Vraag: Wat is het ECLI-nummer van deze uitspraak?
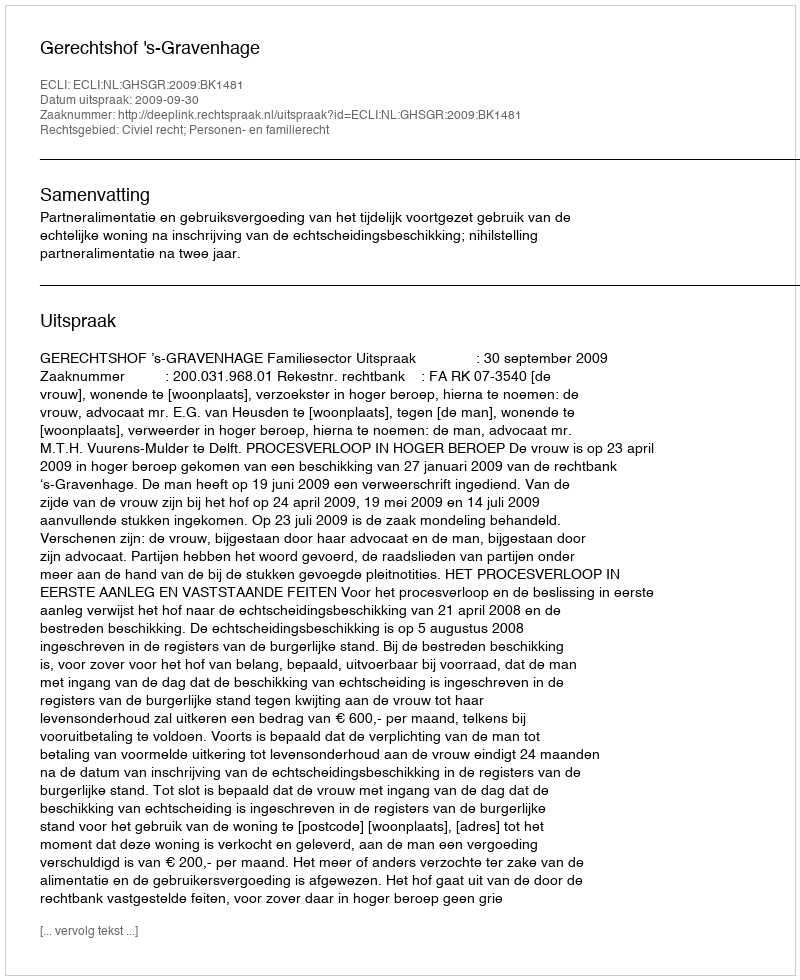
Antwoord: ECLI:NL:GHSGR:2009:BK1481